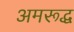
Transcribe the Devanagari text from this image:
अमरूद्ध